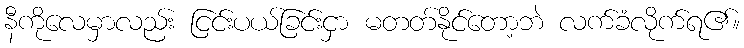
နီကိုလေမှာလည်း ငြင်းပယ်ခြင်းငှာ မတတ်နိုင်တော့ဘဲ လက်ခံလိုက်ရ၏။